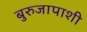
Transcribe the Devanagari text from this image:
बुरुजापाशी